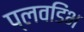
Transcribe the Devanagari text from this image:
प्लवडिंभ